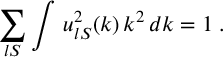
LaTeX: \sum _ { l S } \int \, u _ { l S } ^ { 2 } ( k ) \, k ^ { 2 } \, d k = 1 \; .